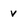
Character: v